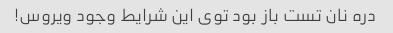
دره نان تست باز بود توی این شرایط وجود ویروس!